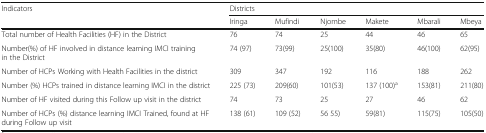
<table><thead><tr><td rowspan="2"><b>Indicators</b></td><td colspan="6"><b>Districts</b></td></tr><tr><td><b>Iringa</b></td><td><b>Mufindi</b></td><td><b>Njombe</b></td><td><b>Makete</b></td><td><b>Mbarali</b></td><td><b>Mbeya</b></td></tr></thead><tbody><tr><td>Total number of Health Facilities (HF) in the District</td><td>76</td><td>74</td><td>25</td><td>44</td><td>46</td><td>65</td></tr><tr><td>Number(%) of HF involved in distance learning IMCI training in the District</td><td>74 (97)</td><td>73(99)</td><td>25(100)</td><td>35(80)</td><td>46(100)</td><td>62(95)</td></tr><tr><td>Number of HCPs Working with Health Facilities in the district</td><td>309</td><td>347</td><td>192</td><td>116</td><td>188</td><td>262</td></tr><tr><td>Number (%) HCPs trained in distance learning IMCI in the district</td><td>225 (73)</td><td>209(60)</td><td>101(53)</td><td>137 (100)<sup>a</sup></td><td>153(81)</td><td>211(80)</td></tr><tr><td>Number of HF visited during this Follow up visit in the district</td><td>74</td><td>73</td><td>25</td><td>27</td><td>46</td><td>62</td></tr><tr><td>Number of HCPs (%) distance learning IMCI Trained, found at HF during Follow up visit</td><td>138 (61)</td><td>109 (52)</td><td>56 55)</td><td>59(81)</td><td>115(75)</td><td>105(50)</td></tr></tbody></table>